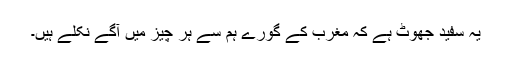
یہ سفید جھوٹ ہے کہ مغرب کے گورے ہم سے ہر چیز میں آگے نکلے ہیں۔